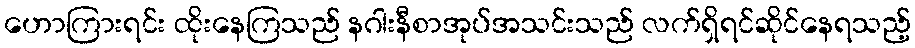
ဟောကြားရင်း ထိုးနေကြသည် နဂါးနီစာအုပ်အသင်းသည် လက်ရှိရင်ဆိုင်နေရသည့်